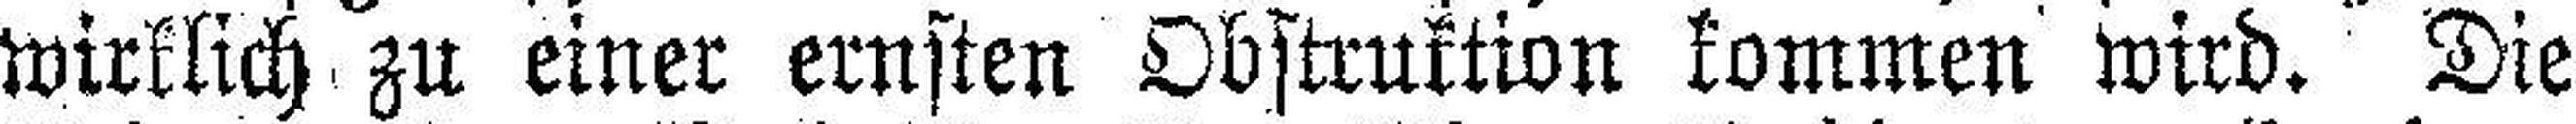
wirklich zu einer ernsten Obstruktion kommen wird. Die